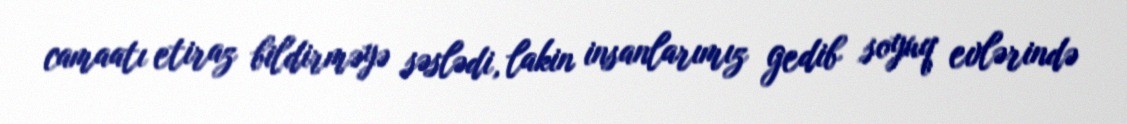
camaatı etiraz bildirməyə səslədi, lakin insanlarımız gedib soyuq evlərində